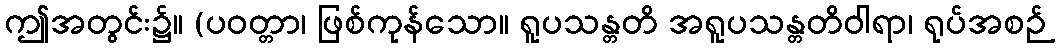
ဤအတွင်း၌။ (ပဝတ္တာ၊ ဖြစ်ကုန်သော။ ရူပသန္တတိ အရူပသန္တတိဝါရာ၊ ရုပ်အစဉ်